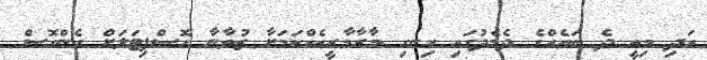
އަދި މިއީ ދެ ބައެއްގެ ދެމެދުގައި ހިނގި މާރާމާރީއެއްކަމަށާ ޒުވާނާ ހޮސްޕިޓަަލަށް ގެންގޮސް